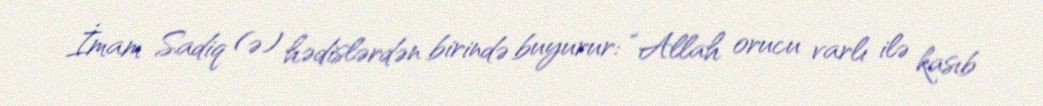
İmam Sadiq (ə) hədislərdən birində buyurur: “Allah orucu varlı ilə kasıb